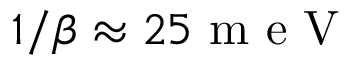
1 / \beta \approx 2 5 \mathrm { ~ m ~ e ~ V ~ }